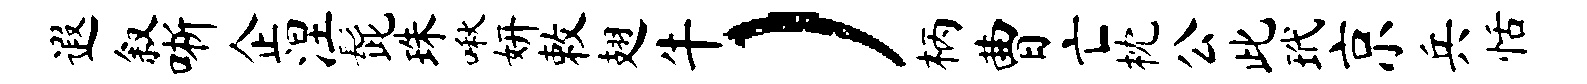
遐叙晰企涅髭珠啾妍敕翅牛）柄曹亡枕公此玳京兵恬